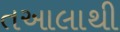
તઆલાથી